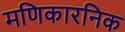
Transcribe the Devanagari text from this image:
मणिकारनिक